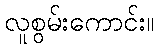
လူစွမ်းကောင်း။